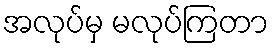
အလုပ်မှ မလုပ်ကြတာ